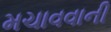
મચાવવાની